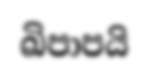
ඛිපාපයි